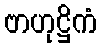
ဗာဟုဋ္ဌိကံ